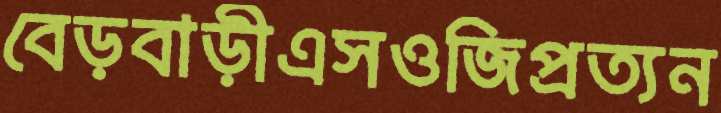
বেড়বাড়ীএসওজিপ্রত্যন